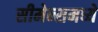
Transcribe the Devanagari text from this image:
सीमेन्समध्ये